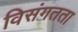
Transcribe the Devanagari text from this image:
विसंगतता